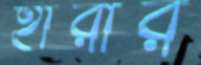
হারার